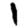
Digit: 1